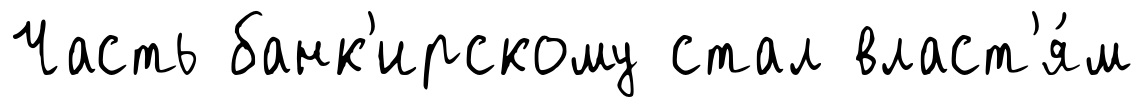
Часть банк'ирскому стал власт'я́м